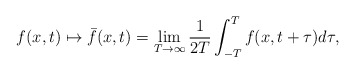
\begin{align*} f(x, t) \mapsto \bar{f}(x, t) = \lim_{T \rightarrow \infty} \frac{1}{2T}\int_{-T}^{T} f(x, t+\tau ) d \tau,\end{align*}